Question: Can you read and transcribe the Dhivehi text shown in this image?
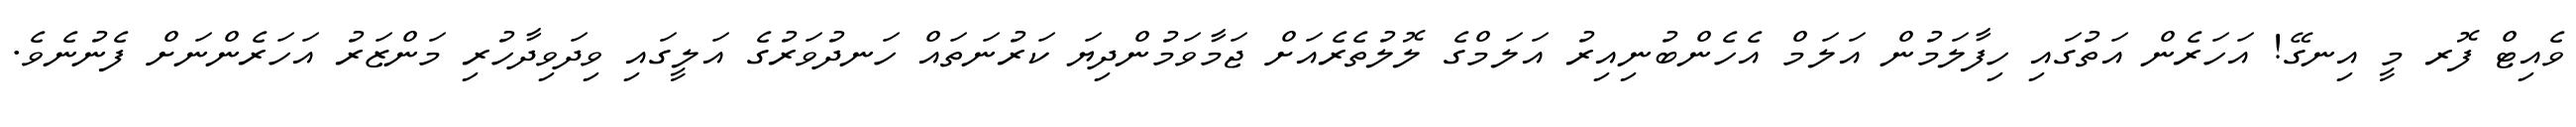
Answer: ވެއިޓް ފޮރ މީ އިނގޭ! އަހަރެން އަތުގައި ހިފާލަމުން އަލަމް އެހެންބުނިއިރު އަލަމްގެ ލޮލުތެރެއަށް ޖަމާވަމުންދިޔަ ކަރުނަތައް ހަނދުވަރުގެ އަލީގައި ވިދަވިދާހުރި މަންޒަރު އަހަރެންނަށް ފެނުނެވެ.